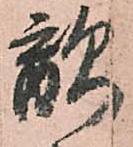
敵